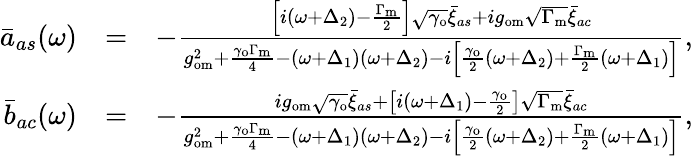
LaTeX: \begin{array}{rlr}{\bar{a}_{as}(\omega)}&{=}&{-\frac{\left[i(\omega+\Delta_{2})-\frac{\Gamma_{\mathrm{m}}}{2}\right]\sqrt{\gamma_{\mathrm{o}}}\bar{\xi}_{as}+ig_{\mathrm{om}}\sqrt{\Gamma_{\mathrm{m}}}\bar{\xi}_{ac}}{g_{\mathrm{om}}^{2}+\frac{\gamma_{\mathrm{o}}\Gamma_{\mathrm{m}}}{4}-(\omega+\Delta_{1})(\omega+\Delta_{2})-i\left[\frac{\gamma_{\mathrm{o}}}{2}(\omega+\Delta_{2})+\frac{\Gamma_{\mathrm{m}}}{2}(\omega+\Delta_{1})\right]},}\\ {\bar{b}_{ac}(\omega)}&{=}&{-\frac{ig_{\mathrm{om}}\sqrt{\gamma_{\mathrm{o}}}\bar{\xi}_{as}+\left[i(\omega+\Delta_{1})-\frac{\gamma_{\mathrm{o}}}{2}\right]\sqrt{\Gamma_{\mathrm{m}}}\bar{\xi}_{ac}}{g_{\mathrm{om}}^{2}+\frac{\gamma_{\mathrm{o}}\Gamma_{\mathrm{m}}}{4}-(\omega+\Delta_{1})(\omega+\Delta_{2})-i\left[\frac{\gamma_{\mathrm{o}}}{2}(\omega+\Delta_{2})+\frac{\Gamma_{\mathrm{m}}}{2}(\omega+\Delta_{1})\right]},}\end{array}